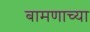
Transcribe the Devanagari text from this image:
बामणाच्या